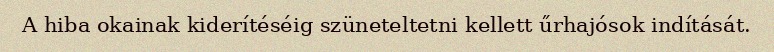
A hiba okainak kiderítéséig szüneteltetni kellett űrhajósok indítását.